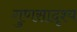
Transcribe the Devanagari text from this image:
गुणसादृश्य